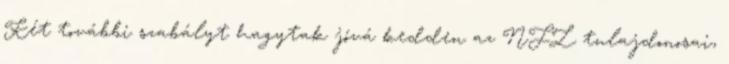
Két további szabályt hagytak jóvá kedden az NFL tulajdonosai,